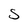
Character: 5